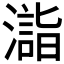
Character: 𣿉